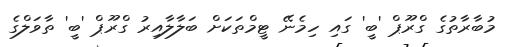
މުބާރާތުގެ ގްރޫޕް 'ބީ' ގައި ހިމެނޭ ޓީމްތަކަށް ބަލާލާއިރު ގްރޫޕް 'ބީ' ތާވަލްގެ